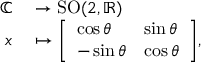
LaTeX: \begin{array} { r l } { \mathbb { C } } & { { } \to \operatorname { S O } ( 2 , \mathbb { R } ) } \\ { x } & { { } \mapsto { \left[ \begin{array} { l l } { \cos \theta } & { \sin \theta } \\ { - \sin \theta } & { \cos \theta } \end{array} \right] } , } \end{array}